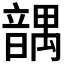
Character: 𱂒